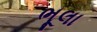
ભૂલા